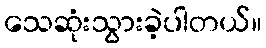
သေဆုံးသွားခဲ့ပါတယ်။